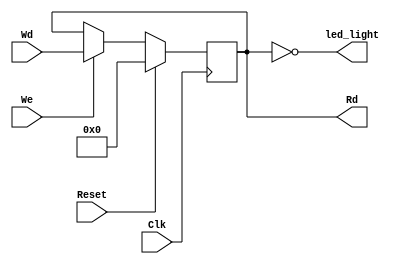
`timescale 1ns / 1ps
//////////////////////////////////////////////////////////////////////////////////
// Company: 
// Engineer: 
// 
// Design Name: 
// Module Name:    led 
// Project Name: 
// Target Devices: 
// Tool versions: 
// Description: 
//
// Dependencies: 
//
// Revision: 
// Revision 0.01 - File Created
// Additional Comments: 
//
//////////////////////////////////////////////////////////////////////////////////
module led(
    input [31:0] Wd,
    input We,
    input Clk,
    input Reset,
    output [31:0] Rd,
    output [31:0] led_light 
    );
	 
	reg [31:0] data;
	assign Rd = data;
	assign led_light = ~data;
	
	always @(posedge Clk) begin
		if (Reset) data = 0;
		else if (We) data = Wd;
	end

endmodule